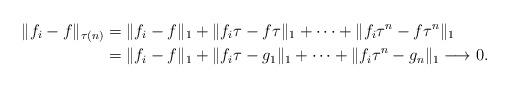
LaTeX: \begin{align*}\|f_{i}-f\|_{\tau(n)}&=\|f_{i}-f\|_{1}+\|f_{i}\tau-f\tau\|_{1}+\cdots+\|f_{i}\tau^{n}-f\tau^{n}\|_{1}\\&=\|f_{i}-f\|_{1}+\|f_{i}\tau-g_{1}\|_{1}+\cdots+\|f_{i}\tau^{n}-g_{n}\|_{1}\longrightarrow 0.\end{align*}